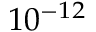
1 0 ^ { - 1 2 }